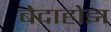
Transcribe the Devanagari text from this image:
बेदाहोझ